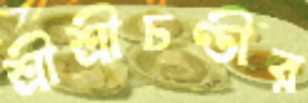
শ্রীশ্রীচণ্ডীর